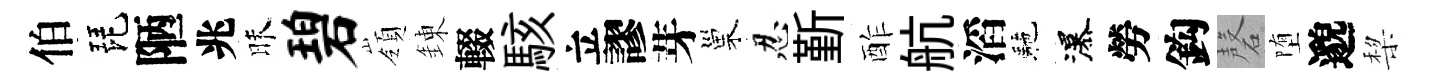
伯琵陋兆昧碧嶺錬輟駭立謬芽巢忍斳酢航滔駰瀑勞鈎磬堕邈棃